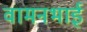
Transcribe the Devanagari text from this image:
वामनभाई